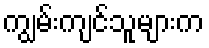
ကျွမ်းကျင်သူများက